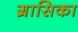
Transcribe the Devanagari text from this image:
ग्रासिका